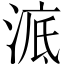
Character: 𣷳